Annual report on the working of the lock hospitals in the Central Provinces
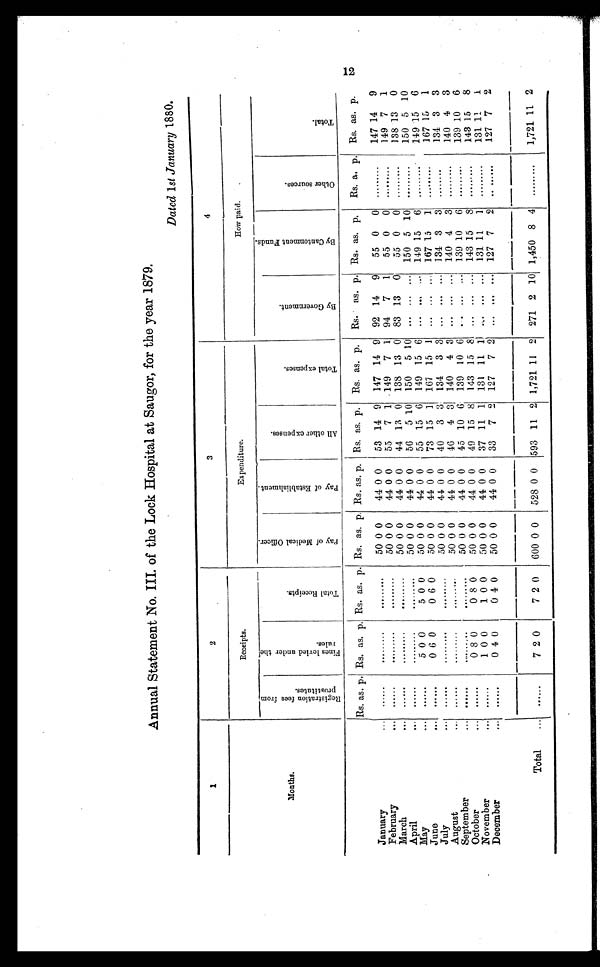
1
2
3
4
Receipts.
Expenditure.
How paid.
Months.
R e g i s t r a t i o n f e e s f r o m p r o s t i t u e s .
F i n e s l e v i e d u n d e r t h e r u l e s .
T o t a l R e c e i p t s .
P a y o f M e d i c a l O f f i c e r .
P a y o f E s t a b l i s h m e n t .
A l l o t h e r e x p e n s e s .
T o t a l e x p e n s e s .
B y G o v e r n m e n t .
B y c a n t o n m e n t F u n d s .
O t h e r S o u r c e s .
T o t a l .
Rs. as. p. Rs. as. p. Rs. as. p. Rs, as. p. Rs. as. p. Rs. as. p.
Rs. as. p.
Rs.
as. p. Rs. as. p.
Rs. a. p. Rs. as. p.
January
...
50 0 0
44 0 0
53 14 9
147 14 9 92 14
9
55 0
0
147 14
9
February
.
50 0 0
44 0 0
55
7 1
149
7 1
94
7
1
55 0
0
........
149 7
1
March
.
50 0 0
44 0 0
44 13 0 138 13 0
83 13
0
55 0
0
138 13
0
April
50 0 0
44 0 0
56
5 10
150
5 10
150 5 10
150 5 10
May
....
5 0 0
5 0 0
50 0 0
4.4 0 0
55 15 6
149 15 6
... ..,
14.9 15
6
149 15
6
June
..
0 6 0
0 6 0
50 0 0
44 0 0
73 15 1
167 15 1
... ... ... 167 15
1
167 15
1
July
50 0 0
44 0 0
40
3 3
134
3 3
134 3
3
134 3
3
August
50 0 0
44 0 0
46
4 3! 140
4 3
140 4
3
140 4
3
September
50 0 0
44 0 0
45 10 6
139 10 6
139 10
6
139 10
6
October
... ......
0 8 0
0 8 0
50 0 0
44 0 0
49 15 8
143 15 8, ... ... ...
143 15
8
143 15
8
November
... ......
1 0 0
1 0 0
50 0 0
44 0 0
37 11 1
131 11 11 .. ... ...
131 11
1
131 11
1
December
...
.
040
04 0
5000
4400
33
7 2 127
7 2
... ... ...
127 7
2
. ......
127 7
2
Total
...
7 2 0
7 2 0
600 0 0
528 0 0 593 11 2 1,721 11 2 271 2 10 1,450 8 4 .........
1,721 11 2
1 2